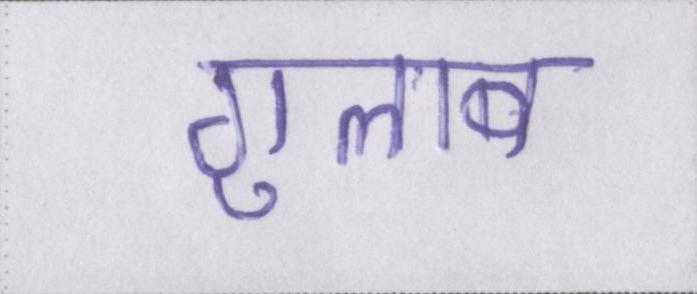
गुलाब